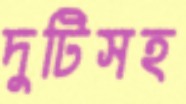
দুটিসহ